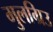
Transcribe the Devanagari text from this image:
मुलग्रिउ